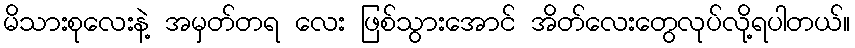
မိသားစုလေးနဲ့ အမှတ်တရ လေး ဖြစ်သွားအောင် အိတ်လေးတွေလုပ်လို့ရပါတယ်။